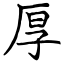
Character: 厚